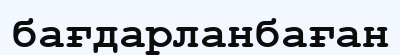
бағдарланбаған